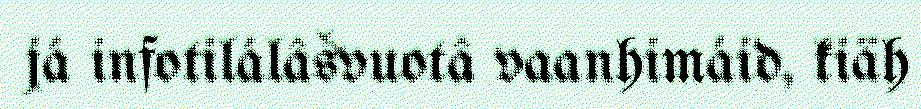
já infotilálâšvuotâ vaanhimáid, kiäh